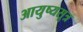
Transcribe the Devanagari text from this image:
आयुष्यसूत्र